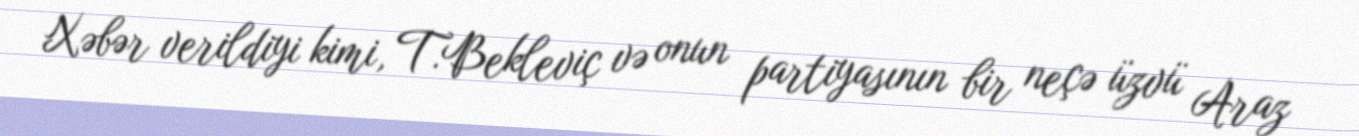
Xəbər verildiyi kimi, T.Bekleviç və onun partiyasının bir neçə üzvü Araz